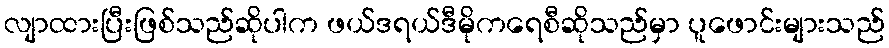
လျာထားပြီးဖြစ်သည်ဆိုပါက ဖယ်ဒရယ်ဒီမိုကရေစီဆိုသည်မှာ ပူဖောင်းများသည်